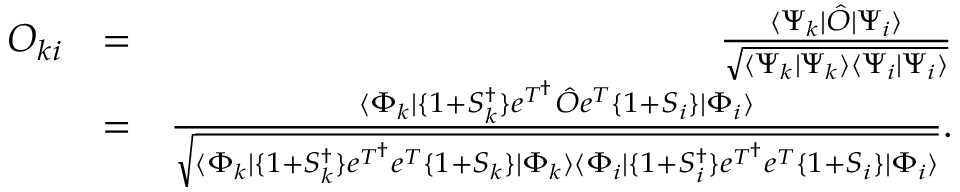
\begin{array} { r l r } { O _ { k i } } & { = } & { \frac { \langle { \Psi _ { k } | \hat { O } | \Psi _ { i } } \rangle } { \sqrt { \langle { \Psi _ { k } | \Psi _ { k } } \rangle { \langle { \Psi _ { i } | \Psi _ { i } } \rangle } } } } \\ & { = } & { \frac { \langle { \Phi _ { k } | \{ 1 + S _ { k } ^ { \dagger } \} e ^ { T ^ { \dagger } } { \hat { O } } e ^ { T } \{ 1 + S _ { i } \} | \Phi _ { i } } \rangle } { \sqrt { { \langle { \Phi _ { k } | \{ 1 + S _ { k } ^ { \dagger } \} e ^ { T ^ { \dagger } } e ^ { T } \{ 1 + S _ { k } \} | \Phi _ { k } } \rangle \langle \Phi _ { i } | \{ 1 + S _ { i } ^ { \dagger } \} e ^ { T ^ { \dagger } } e ^ { T } \{ 1 + S _ { i } \} | \Phi _ { i } } \rangle } } . } \end{array}